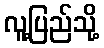
လူ့ပြည်သို့